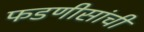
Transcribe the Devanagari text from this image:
फडणीसांची